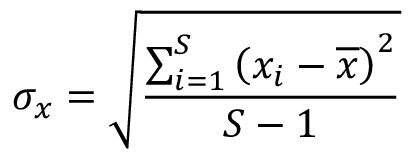
\sigma _ { x } = \sqrt { \frac { \sum _ { i = 1 } ^ { S } \left( x _ { i } - \overline { { x } } \right) ^ { 2 } } { S - 1 } }